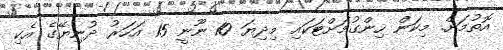
އޮތުމަށް. މިކަން ހިންގުމަށްޓަކައި މިދިޔަ 10 ނޫނީ 15 އަހަރު ދުނިޔޭގެ އެކި